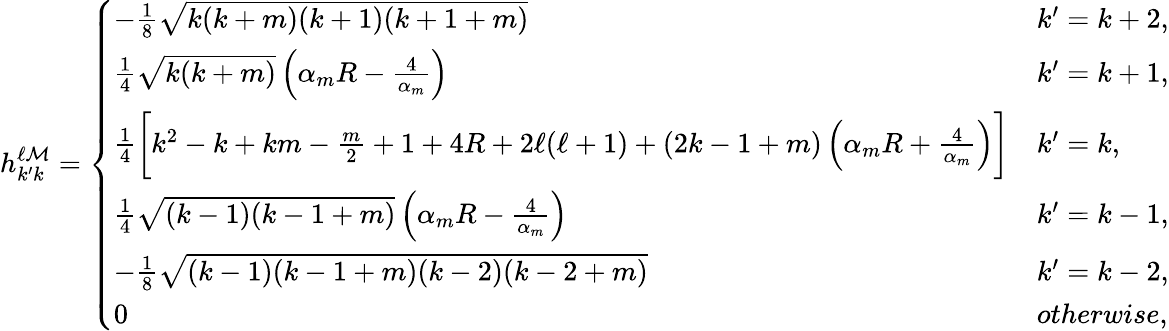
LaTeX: h_{k^{\prime}k}^{\ell\mathcal{M}}=\left\{ \begin{array}{ll}{-\frac{1}{8}\sqrt{k(k+m)(k+1)(k+1+m)}}&{k^{\prime}=k+2,}\\ {\frac{1}{4}\sqrt{k(k+m)}\left(\alpha_{m}R-\frac{4}{\alpha_{m}}\right)}&{k^{\prime}=k+1,}\\ {\frac{1}{4}\bigg[k^{2}-k+km-\frac{m}{2}+1+4R+2\ell(\ell+1)+(2k-1+m)\left(\alpha_{m}R+\frac{4}{\alpha_{m}}\right)\bigg]}&{k^{\prime}=k,}\\ {\frac{1}{4}\sqrt{(k-1)(k-1+m)}\left(\alpha_{m}R-\frac{4}{\alpha_{m}}\right)}&{k^{\prime}=k-1,}\\ {-\frac{1}{8}\sqrt{(k-1)(k-1+m)(k-2)(k-2+m)}}&{k^{\prime}=k-2,}\\ {0}&{otherwise,}\end{array}\right.